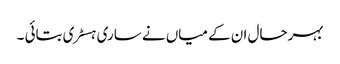
بہرحال ان کے میاں نے ساری ہسٹری بتائی ۔